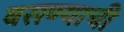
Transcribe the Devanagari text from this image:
बसण्‍याची